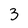
Character: 3